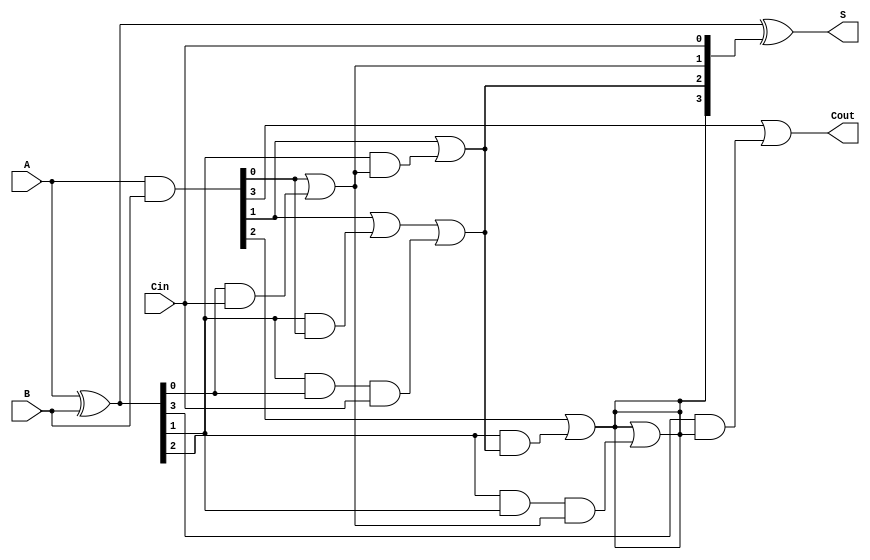
module Sklansky_Adder #(parameter N = 4) (
    input [N-1:0] A,      // First n-bit input
    input [N-1:0] B,      // Second n-bit input
    input Cin,            // Carry-in
    output [N-1:0] S,     // n-bit sum output
    output Cout           // Carry-out
);

    wire [N-1:0] G;       // Generate signals
    wire [N-1:0] P;       // Propagate signals
    wire [N:0] C;         // Carry signals

    // Generate and propagate signals
    assign G = A & B;     // Generate
    assign P = A ^ B;     // Propagate

    // Carry signals initialization
    assign C[0] = Cin;    // Initial carry-in

    // Level 1 carry generation
    genvar i;
    generate
        for (i = 0; i < N; i = i + 1) begin : carry_level_1
            if (i == 0) begin
                assign C[1] = G[0] | (P[0] & C[0]);
            end else begin
                assign C[i + 1] = G[i] | (P[i] & C[i]);
            end
        end
    endgenerate

    // Further levels of carry generation
    // Level 2
    generate
        for (i = 1; i < N; i = i + 1) begin : carry_level_2
            if (i == 1) begin
                assign C[i + 1] = G[1] | (P[1] & G[0]) | (P[1] & P[0] & C[0]);
            end else if (i < N-1) begin
                assign C[i + 1] = G[i] | (P[i] & C[i]) | (P[i] & P[i-1] & C[i-1]);
            end
        end
    endgenerate

    // Calculate sum
    assign S = P ^ C[N-1:0]; // Sum calculation

    // Final carry-out
    assign Cout = C[N];

endmodule